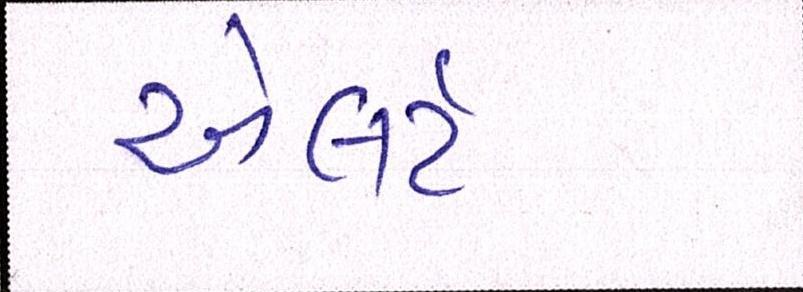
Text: એલર્ટ